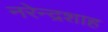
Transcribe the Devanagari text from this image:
नरेन्द्रशाह